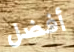
أفضل